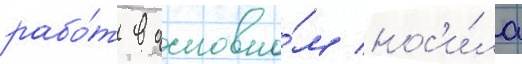
рабо́т в основно́м нос'и́ла